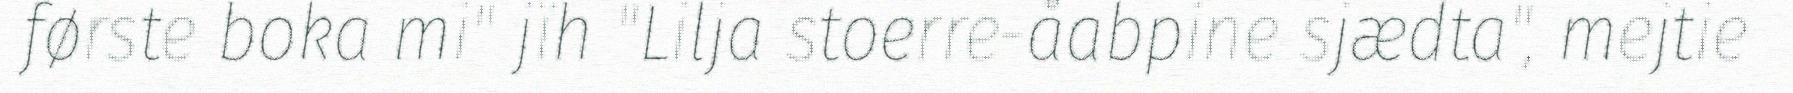
første boka mi" jïh "Lilja stoerre-åabpine sjædta", mejtie